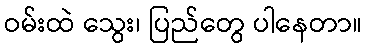
ဝမ်းထဲ သွေး၊ ပြည်တွေ ပါနေတာ။